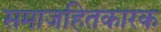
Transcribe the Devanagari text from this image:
समाजहितकारक